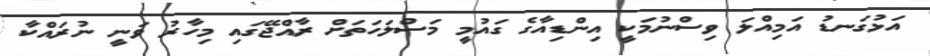
އަޅުގަނޑު އަމިއްލަ ވިސްނުމަކީ އިންޑިއާގެ ގައުމީ މަސްލަހަތަށް ރާއްޖޭގައި މިހާރު ވަނީ ނުރައްކާ